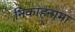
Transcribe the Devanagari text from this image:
निकाहनामा